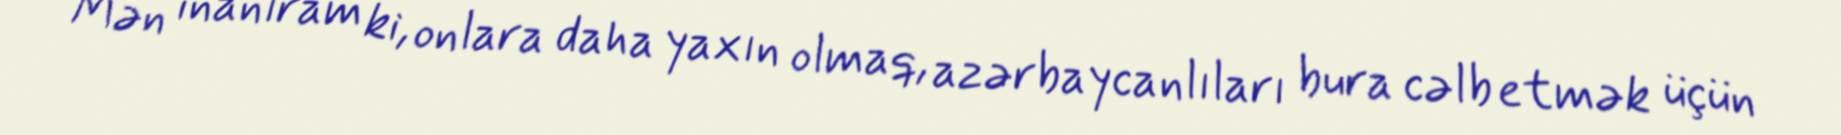
Mən inanıram ki, onlara daha yaxın olmaq, azərbaycanlıları bura cəlb etmək üçün